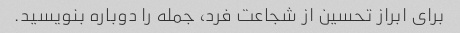
برای ابراز تحسین از شجاعت فرد، جمله را دوباره بنویسید.